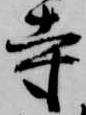
寺